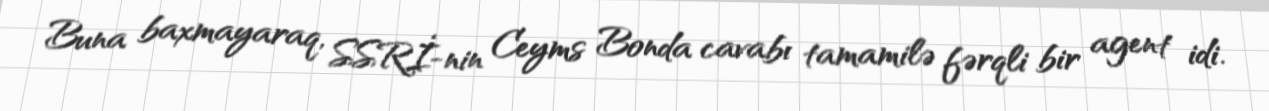
Buna baxmayaraq, SSRİ-nin Ceyms Bonda cavabı tamamilə fərqli bir agent idi.